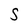
Character: S